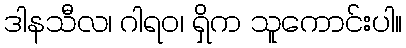
ဒါနသီလ၊ ဂါရဝ၊ ရှိက သူကောင်းပါ။